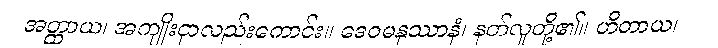
အတ္ထာယ၊ အကျိုးငှာလည်းကောင်း။ ဒေဝမနုဿာနံ၊ နတ်လူတို့၏။ ဟိတာယ၊